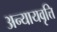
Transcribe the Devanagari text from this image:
अन्यायवृत्ति